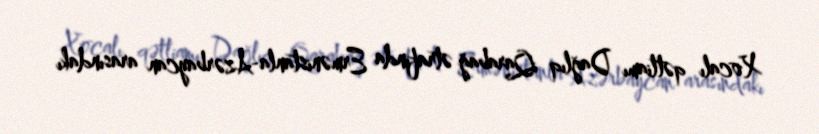
Xocalı qətliamı Dağlıq Qarabağ ətrafında Ermənistanla-Azərbaycan arasındakı